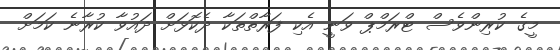
މީގެ ކުރިންވެސް ޓްރަމްޕް ވަނީ އެކި ފަރާތްތަކާ ދެކޮޅަށް ދައުވާ ކުރާނެ ކަމަށް